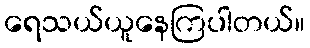
ရေသယ်ယူနေကြပါတယ်။